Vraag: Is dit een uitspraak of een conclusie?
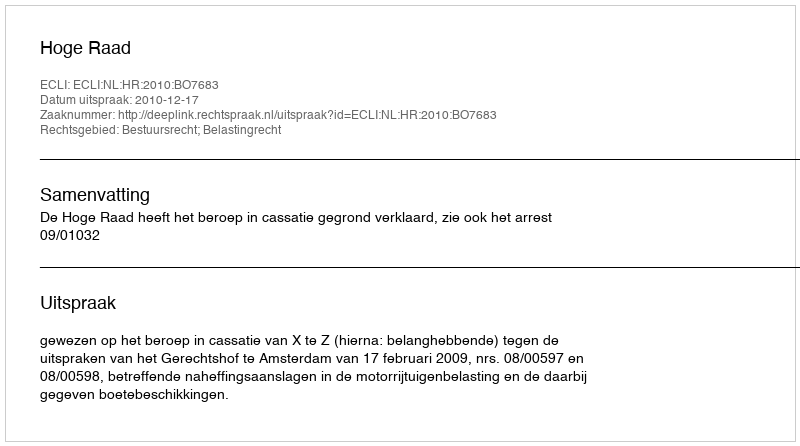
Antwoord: Uitspraak